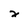
Character: x